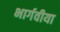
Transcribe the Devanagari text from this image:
भार्गवीया